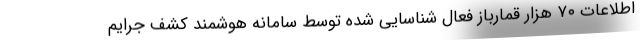
اطلاعات ۷۰ هزار قمارباز فعال شناسایی شده توسط سامانه هوشمند کشف جرایم